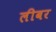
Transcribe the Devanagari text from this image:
लीबर